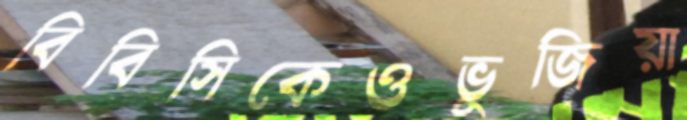
বিবিসিকেওভুজিয়া